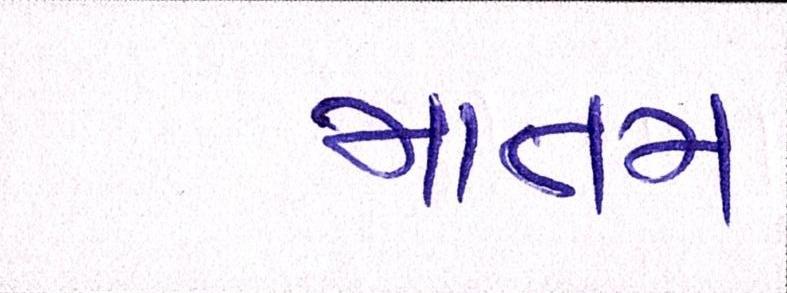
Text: માતમ